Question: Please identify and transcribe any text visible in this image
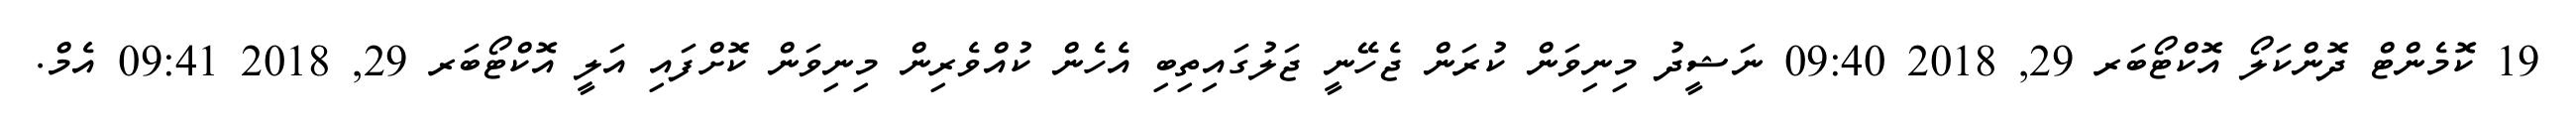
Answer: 19 ކޮމެންޓް ދޮންކަލޯ އޮކްޓޯބަރ 29, 2018 09:40 ނަޝީދު މިނިވަން ކުރަން ޖެހޭނީ ޖަލުގައިތިބި އެހެން ކުއްވެރިން މިނިވަން ކޮށްފައި އަލީ އޮކްޓޯބަރ 29, 2018 09:41 އެމް.